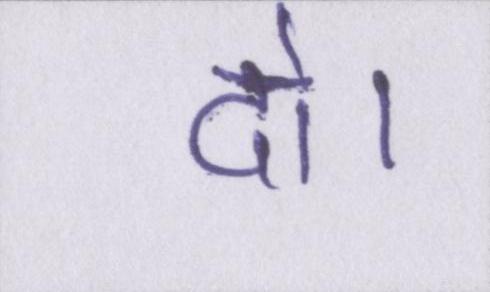
दो।